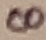
Text: 8